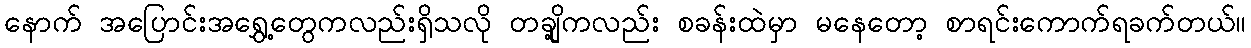
နောက် အပြောင်းအရွှေ့တွေကလည်းရှိသလို တချို့ကလည်း စခန်းထဲမှာ မနေတော့ စာရင်းကောက်ရခက်တယ်။